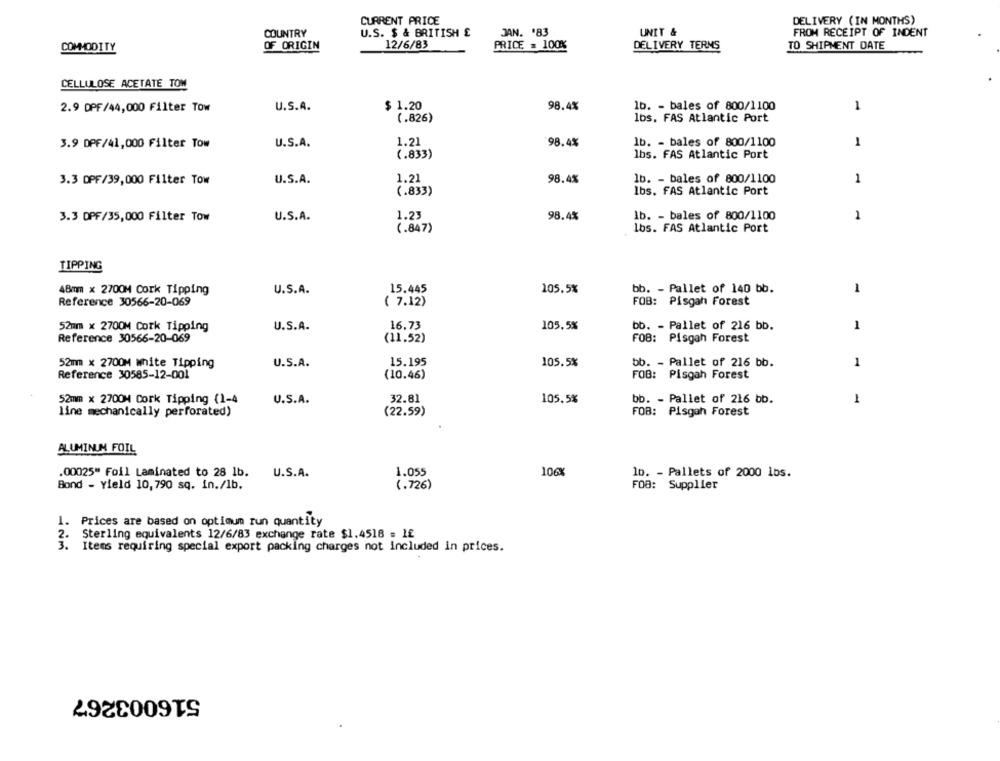
CURRENT PRICE
DELIVERY (IN MONTHS)
JAN. '83
COUNTRY
U.S. $ & BRITISH £
UNIT &
FROM RECEIPT OF INDENT
OF ORIGIN
12/6/83
PRICE = 100%
DELIVERY TERMS
TO SHIPMENT DATE
COMMODITY
CELLULOSE ACETATE TOM
2.9 DPF/44,000 Filter Tow
U.S.A.
$ 1.20
98.4%
1b. - bales of 800/1100
1
(.826)
lbs. FAS Atlantic Port
3.9 DPF/41,000 Filter Tow
U.S.A.
1.21
98.4%
lb. - bales of 800/1100
1
(.833)
lbs. FAS Atlantic Port
3.3 DPF/39,000 Filter Tow
U.S.A.
1.21
98.4%
lb. - bales of 800/1100
1
lbs. FAS Atlantic Port
(.833)
3.3 DPF/35,000 Filter Tow
U.S.A.
1.23
98.4%
lb. - bales of 800/1100
1
(.847)
lbs. FAS Atlantic Port
TIPPING
48mm x 2700M Cork Tipping
U.S.A.
15.445
105.5%
bb. - Pallet of 140 bb.
1
Reference 30566-20-069
( 7.12)
FOB: Pisgah Forest
52mm x 2700M Cork Tipping
U.S.A.
16.73
105.5%
bb. - Pallet of 216 bb.
1
Reference 30566-20-069
(11.52)
FOB: Pisgah Forest
52mm x 2700M White Tipping
U.S.A.
15.195
105.5%
bb. - Pallet of 216 bb.
1
Reference 30585-12-001
(10.46)
FOB: Pisgah Forest
52mm × 2700M Cork Tipping (1-4
U.S.A.
32.81
105.5%
bb. - Pallet of 216 bb.
4
(22.59)
FOB: Pisgah Forest
line mechanically perforated)
ALUMINUM FOIL
.00025" Foil Laminated to 28 1b.
U.S.A.
1.055
106
1b. - Pallets of 2000 1bs.
Bond - Yield 10,790 sq. in./1b.
(.726)
FOB: Supplier
1.
Prices are based on optimum run quantity
2.
Sterling equivalents 12/6/83 exchange rate $1.4518 = 1£
3. Items requiring special export packing charges not included in prices.
516003267